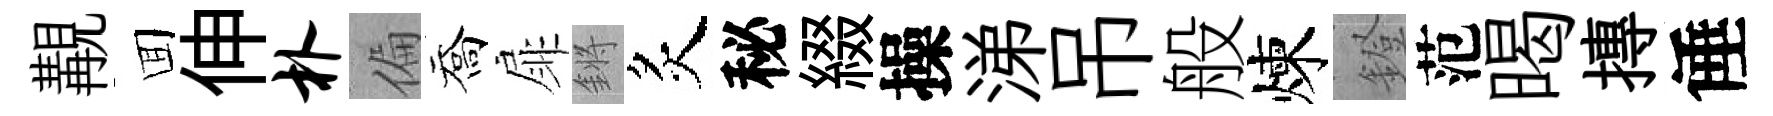
覯囬伸朴偏喬扉鏘炙秘綴操涕吊般煉鐙范暍摶倕